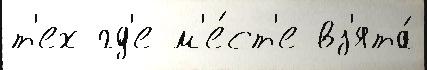
т'ех гд'е м'е́ст'е вз'ята́